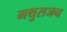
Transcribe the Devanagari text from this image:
मथुराजन